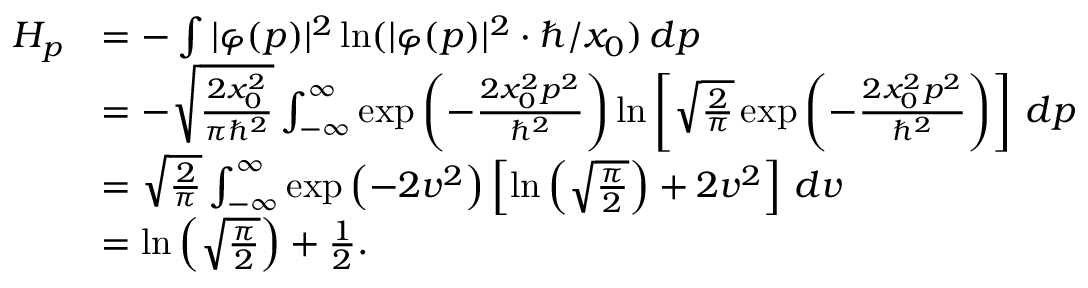
{ \begin{array} { r l } { H _ { p } } & { = - \int | \varphi ( p ) | ^ { 2 } \ln ( | \varphi ( p ) | ^ { 2 } \cdot \hbar / x _ { 0 } ) \, d p } \\ & { = - { \sqrt { \frac { 2 x _ { 0 } ^ { 2 } } { \pi \hbar ^ { 2 } } } } \int _ { - \infty } ^ { \infty } \exp { \left( - { \frac { 2 x _ { 0 } ^ { 2 } p ^ { 2 } } { \hbar ^ { 2 } } } \right) } \ln \left[ { \sqrt { \frac { 2 } { \pi } } } \exp { \left( - { \frac { 2 x _ { 0 } ^ { 2 } p ^ { 2 } } { \hbar ^ { 2 } } } \right) } \right] \, d p } \\ & { = { \sqrt { \frac { 2 } { \pi } } } \int _ { - \infty } ^ { \infty } \exp { \left( - 2 v ^ { 2 } \right) } \left[ \ln \left( { \sqrt { \frac { \pi } { 2 } } } \right) + 2 v ^ { 2 } \right] \, d v } \\ & { = \ln \left( { \sqrt { \frac { \pi } { 2 } } } \right) + { \frac { 1 } { 2 } } . } \end{array} }